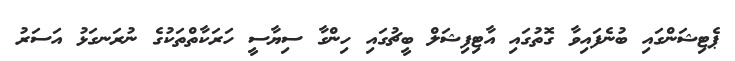
ޕެޓިޝަންގައި ބުނެފައިވާ ގޮތުގައި އާޓިފިޝަލް ބީޗުގައި ހިންގާ ސިޔާސީ ހަރަކާތްތަކުގެ ނުރަނގަޅު އަސަރު